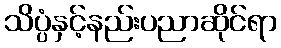
သိပ္ပံနှင့်နည်းပညာဆိုင်ရာ